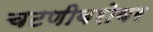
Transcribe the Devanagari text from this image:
चटणीबरोबर